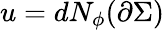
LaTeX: u=dN_{\phi}(\partial\Sigma)